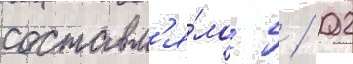
составл'я́ло 5 / 02